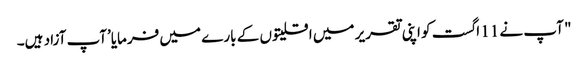
" آپ نے 11 اگست کو اپنی تقریر میں اقلیتوں کے بارے میں فرمایا’آپ آزاد ہیں۔